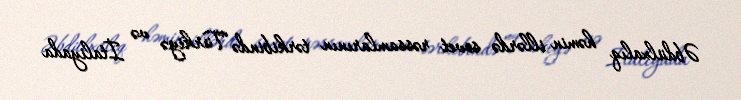
Əbdülxalıq həmin illərdə sovet rəssamlarının tərkibində Türkiyə və İtaliyada